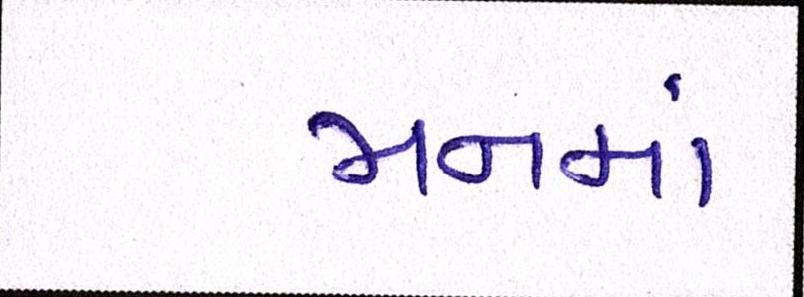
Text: મનમાં